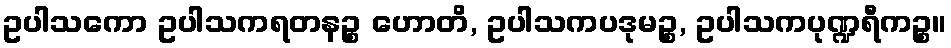
ဥပါသကော ဥပါသကရတနဉ္စ ဟောတိ, ဥပါသကပဒုမဉ္စ, ဥပါသကပုဏ္ဍရီကဉ္စ။